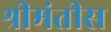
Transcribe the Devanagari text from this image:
श्रीमंतीस